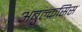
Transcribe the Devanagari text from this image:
अबुल्कसिस